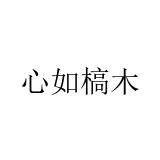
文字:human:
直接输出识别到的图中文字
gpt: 心如槁木